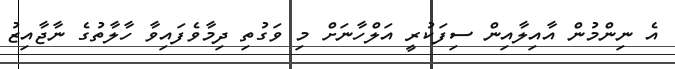
އެ ނިންމުން އާއިލާއިން ސިފަކުރީ އަލްހާނަށް މި ވަގުތި ދިމާވެފައިވާ ހާލާތުގެ ނާޖާއިޒު